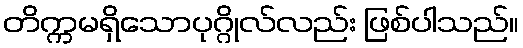
တိက္ကမရှိသောပုဂ္ဂိုလ်လည်း ဖြစ်ပါသည်။